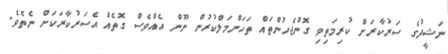
ނަޝީދުގެ ސަރުކާރަށް ކުރިމަތިވި ގޮންޖެހުންތައް ތަހަންމަލްކުރުން ނޫން އެއްވެސް ގޮތެއް އެސަރުކާރަކަށް ނެތެވެ.